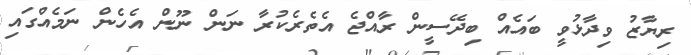
ރިޔާޒު ވިދާޅުވީ ބައެއް ބިދޭސީން ރާއްޖެ އެތެރެކުރާ ނަން ނޫން އެހެން ނަމެއްގައި